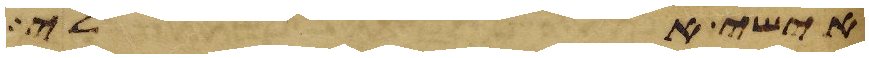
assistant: אישי אלי